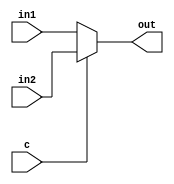

module mux(
    input [7:0]in1,
    input [7:0]in2,
    input c,
    output [7:0]out
    );
	 
	 assign out = (c)?in2:in1;


endmodule